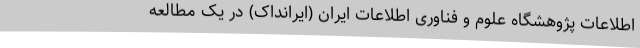
اطلاعات پژوهشگاه علوم و فناوری اطلاعات ایران (ایرانداک) در یک مطالعه